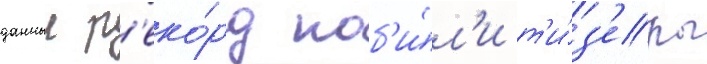
данныи р'еко́рд поб'и́л'и т'и́з'еры